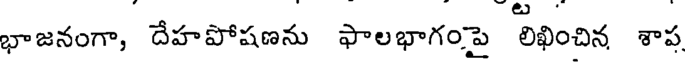
భాజనంగా, దేహపోషణను ఫాలభాగంపై లిఖించిన శాప